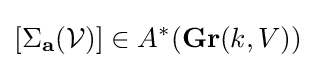
[\Sigma _{\mathbf {a} }({\mathcal {V}})]\in A^{*}(\mathbf {Gr} (k,V))